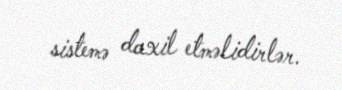
sistemə daxil etməlidirlər.